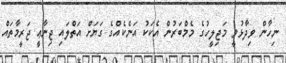
ނިހާން ވިދާޅުވީ މަޖިލީހުގެ މެމްބަރުން އެކަކު އަނެކެއްގެ ގަޔަށް އަތްލައި ޖިނާޢީ ޖަރީމާތައް